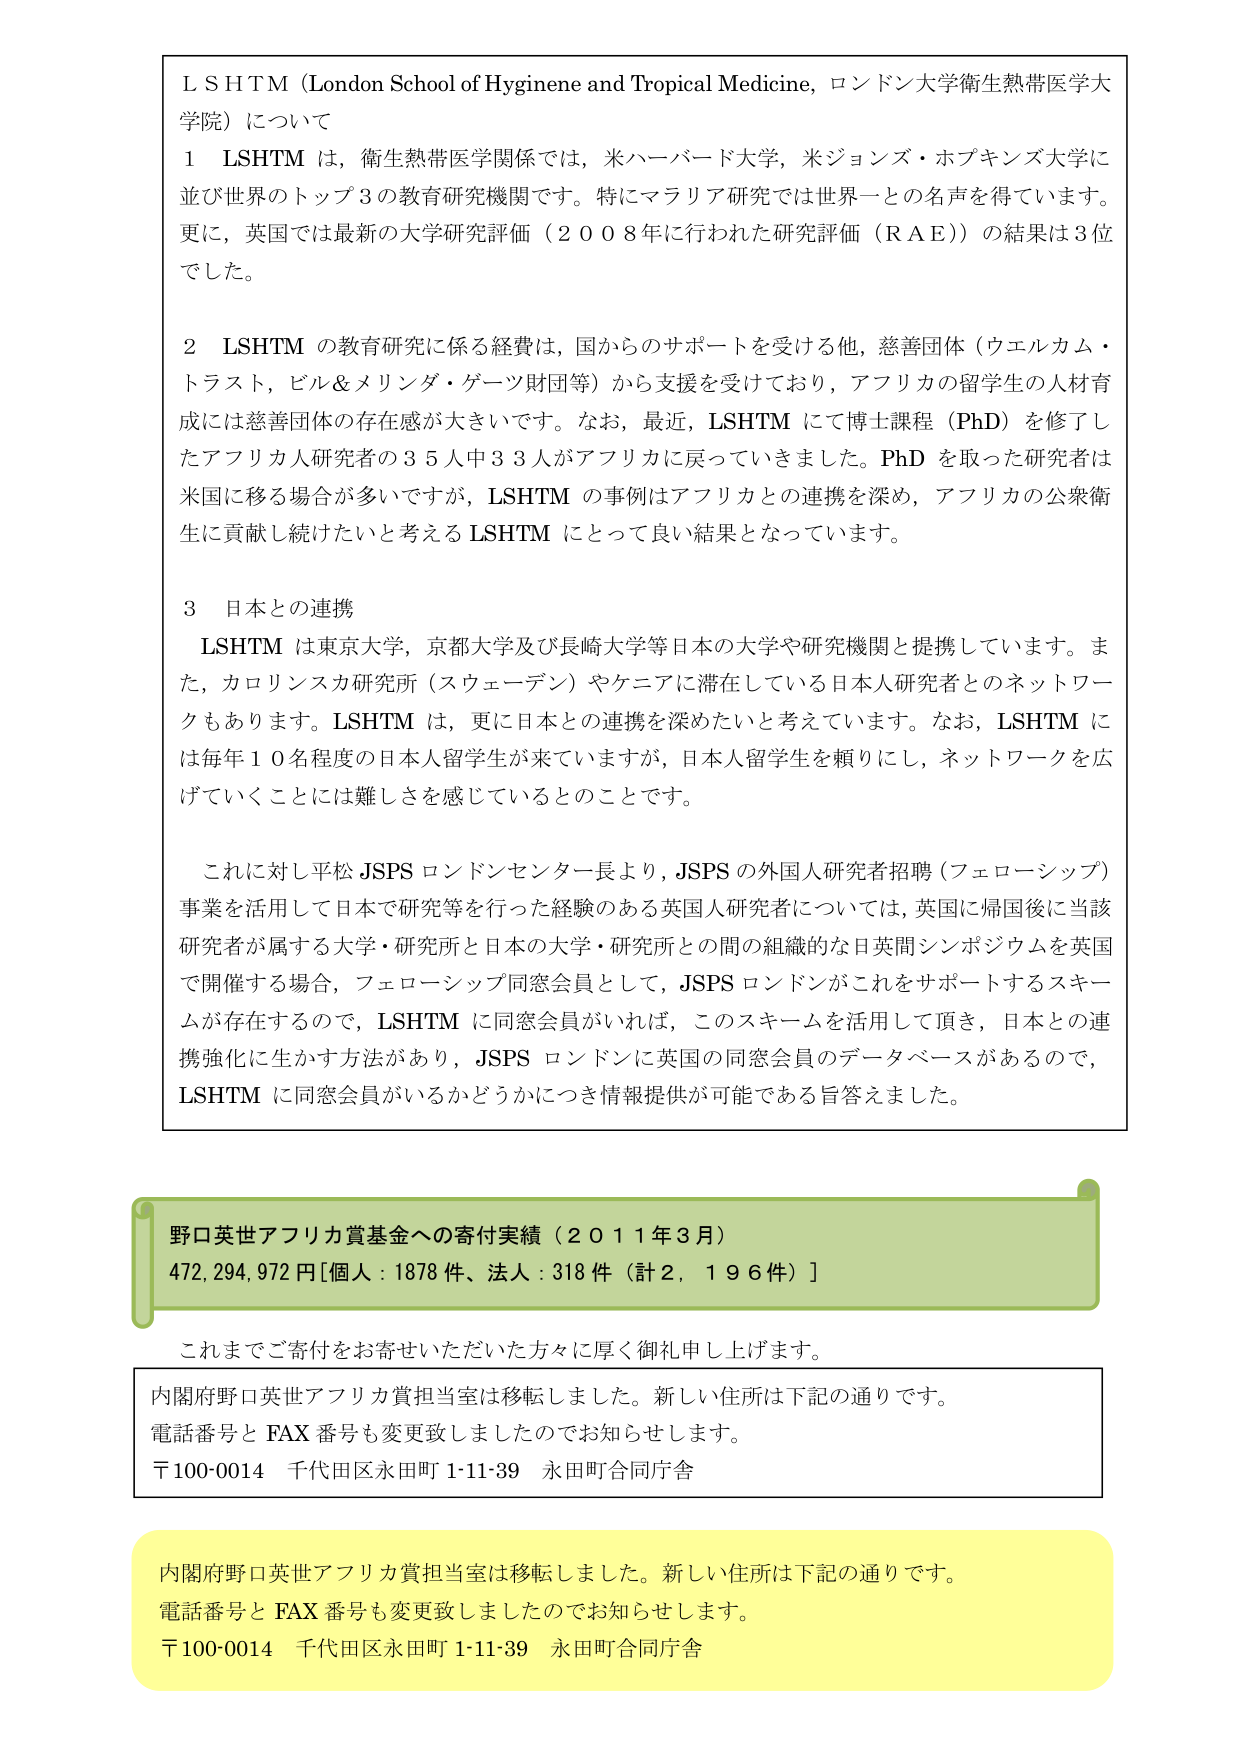
ＬＳＨＴＭ（London School of Hygiene and Tropical Medicine, ロンドン大学衛生熱医学大学院）について

１　LSHTM は、衛生熱医学関係では、米ハーバード大学、米ジョンズ・ホプキンズ大学に並び世界のトップ３の教育研究機関です。特にマラリア研究では世界一の名声を得ています。更に、英国では最新の大学研究評価（２００８年に行われた研究評価（ＲＡＥ））の結果は３位でした。

２　LSHTM の教育研究に係る経費は、国からのサポートを受ける他、慈善団体（ウェルカム・トラスト、ビル＆メリンダ・ゲーツ財団等）から支援を受けており、アフリカの留学生の人材育成には慈善団体の存在感が大きいです。なお、最近、LSHTM にて博士課程（PhD）を修了したアフリカ人研究者の３５人中３３人がアフリカに戻っていきました。PhD を取った研究者は米国に移る場合が多いですが、LSHTM の事例はアフリカとの連携を深め、アフリカの公衆衛生に貢献し続けたいと考える LSHTM にとって良い結果となっています。

３　日本との連携
　　LSHTM は東京大学、京都大学及び長崎大学等日本の大学や研究機関と提携しています。また、カロリンスカ研究所（スウェーデン）やケニアに滞在している日本人研究者とのネットワークもあります。LSHTM は、更に日本との連携を深めたいと考えています。なお、LSHTM には毎年１０名程度の日本人留学生が来ていますが、日本人留学生を頼りにし、ネットワークを広げていくことには難しさを感じているとのことです。

　　これに対し平松 JSPS ロンドンセンター長より、JSPS の外国人研究者招聘（フェローシップ）事業を活用して日本で研究等を行った経験のある英国人研究者については、英国に帰国後に当該研究者が属する大学・研究所と日本の大学・研究所との間の組織的な日英間シンポジウムを英国で開催する場合、フェローシップ同窓会員として、JSPS ロンドンがこれをサポートするスキームが存在するので、LSHTM に同窓会員がいれば、このスキームを活用して頂き、日本との連携強化に生かす方法があり、JSPS ロンドンに英国の同窓会員のデータベースがあるので、LSHTM に同窓会員がいるかどうかにつき情報提供が可能である旨答えました。

野口英世アフリカ賞基金への寄付実績（２０１１年３月）
472,294,972円[個人：1878件、法人：318件（計２，１９６件）]

これまでご寄付をお寄せいただいた方々に厚く御礼申し上げます。

内閣府野口英世アフリカ賞担当室は移転しました。新しい住所は下記の通りです。
電話番号と FAX 番号も変更致しましたのでお知らせします。
〒100-0014　千代田区永田町 1-11-39　永田町合同庁舎

内閣府野口英世アフリカ賞担当室は移転しました。新しい住所は下記の通りです。
電話番号と FAX 番号も変更致しましたのでお知らせします。
〒100-0014　千代田区永田町 1-11-39　永田町合同庁舎